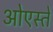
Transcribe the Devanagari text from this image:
ओएस्ते